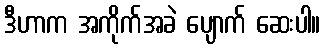
ဒီဟာက အကိုက်အခဲ ပျောက် ဆေးပါ။